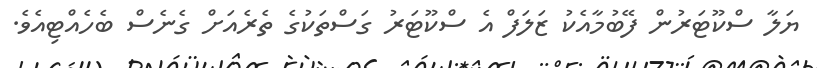
ޔަލާ ސްކޫޓަރުން ފޭބުމާއެކު ޒަލަފް އެ ސްކޫޓަރު ގަސްތަކުގެ ތެރެއަށް ގެނެސް ބެހެއްޓިއެވެ.